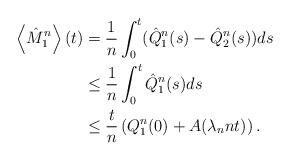
LaTeX: \begin{align*}\left\langle \hat{M}_1^{n}\right\rangle(t) &= \frac{1}{n}\int_0^t(\hat{Q}_1^n(s)-\hat{Q}_2^n(s))ds \\&\le \frac{1}{n}\int_0^t\hat{Q}_1^n(s)ds \\&\le \frac{t}{n}\left(Q_1^n(0) + A(\lambda_nnt)\right).\end{align*}